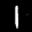
Label: 1